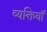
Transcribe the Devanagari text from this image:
व्यक्तियॉं